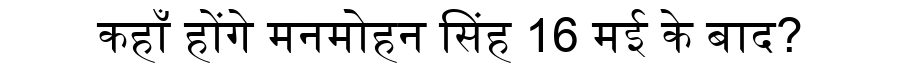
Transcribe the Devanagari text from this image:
कहाँ होंगे मनमोहन सिंह 16 मई के बाद?